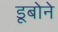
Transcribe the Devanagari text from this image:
डूबोने